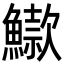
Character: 䲌